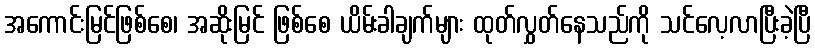
အကောင်းမြင်ဖြစ်စေ၊ အဆိုးမြင် ဖြစ်စေ ယိမ်းခါချက်များ ထုတ်လွှတ်နေသည်ကို သင်လေ့လာပြီးခဲ့ပြီ